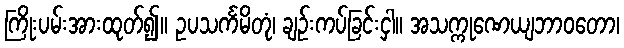
ကြိုးပမ်းအားထုတ်၍။ ဥပသင်္ကမိတုံ၊ ချဉ်းကပ်ခြင်းငှါ။ အသက္ကုဏေယျဘာဝတော၊